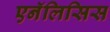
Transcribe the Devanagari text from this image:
एनॅलिसिस